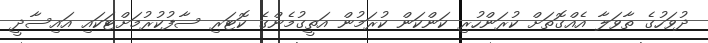
ދުވަހުގެ ތާވަލާ އެއްގޮތަށް ކުރަންހުރި ކަންކަން ކުރަމުން އަތީގުމެންގެ ކޮޓަރި ސާފުކުރުމަށްޓަކައި އައިސާދީ